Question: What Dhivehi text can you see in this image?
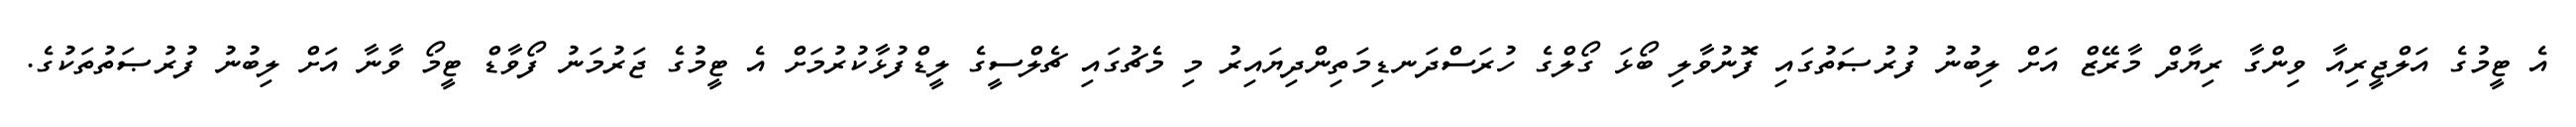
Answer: އެ ޓީމުގެ އަލްޖީރިއާ ވިންގާ ރިޔާދް މާރޭޒް އަށް ލިބުނު ފުރުޞަތުގައި ފޮނުވާލި ބޯޅަ ގޯލްގެ ހުރަސްދަނޑިމަތިންދިޔައިރު މި މެޗުގައި ޗެލްސީގެ ލީޑްފުޅާކުރުމަށް އެ ޓީމުގެ ޖަރުމަނު ފޯވާޑް ޓީމޯ ވާނާ އަށް ލިބުނު ފުރުޞަތުތަކުގެ.